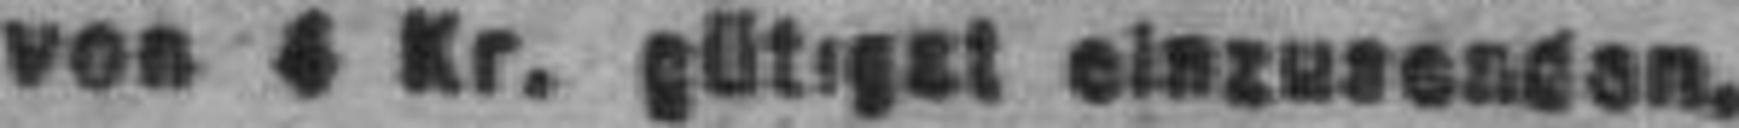
von 4 Kr. gütigst einzusenden.